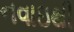
નવાઇથી